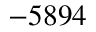
- 5 8 9 4